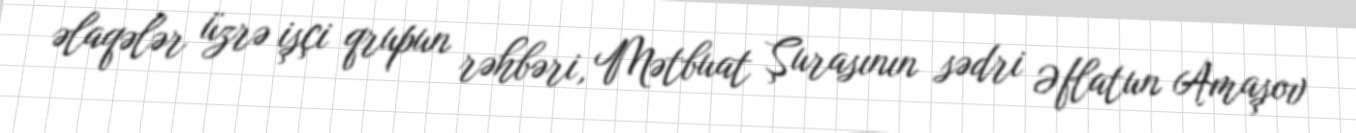
əlaqələr üzrə işçi qrupun rəhbəri, Mətbuat Şurasının sədri Əflatun Amaşov